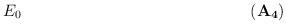
LaTeX: \begin{align*}\tag*{${\bf (A_4)}$} E_0 \ \end{align*}